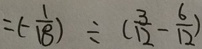
= ( - \frac { 1 } { 1 8 } ) \div ( \frac { 3 } { 1 2 } - \frac { 6 } { 1 2 } )